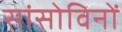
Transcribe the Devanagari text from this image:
सांसोविनों